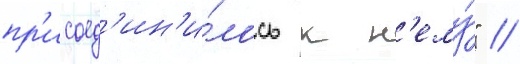
пр'исоед'ин'и́лось к н'ему́" //